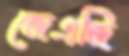
জেএজি